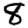
Digit: 8